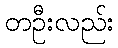
တဦးလည်း